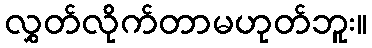
လွှတ်လိုက်တာမဟုတ်ဘူး။